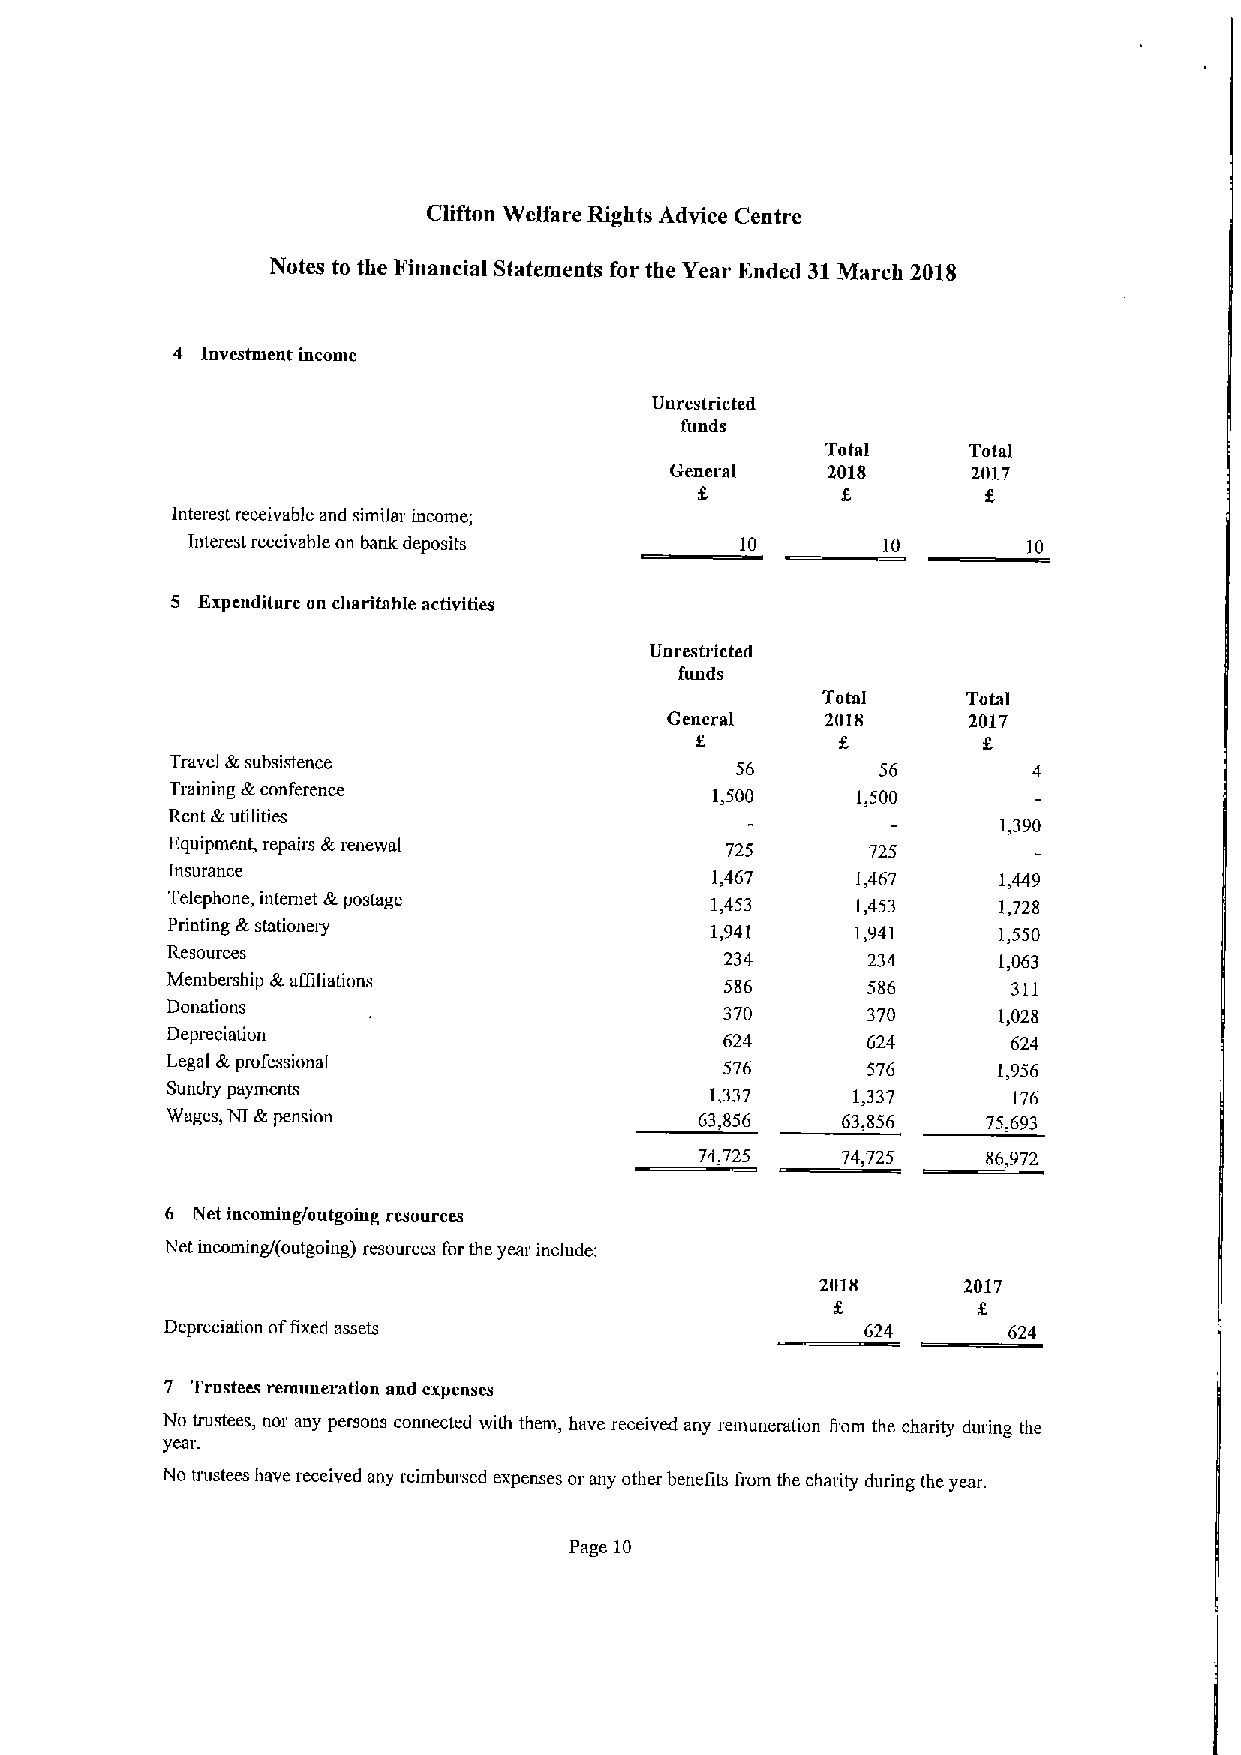
Clifton Welfare Rights Advice Centre
 Notes to the Financial Statements for the Year Ended 31March 2018
 4 Investment income
 Unrestricted
 funds
 Total    Total
 General    2018     2017
 Interest receivable and similar income;
 interest receivable on bank deposits 10       10        10
 5 Expenditure on charitnble activities
 Unrestricted
 funds
 Total     Total
 General    2018     2017
 f
 Travel &subsistence                   56       56        4
 Training &.conference               1,500     1,500
 Rent &utilities
 1,390
 Equipment, repairs &renewal          725       725
 Insurance                           1,467     1,467    1,449
 Telephone, internet &postage        1,453     1,453    1,728
 Printing &stationeiy                1,941     1,941    1,550
 Resources                            234      234      1,063
 Membership &aQitiations              586      586       311
 Donations                            370      370      1,028
 Depn:ciation                         624      624       624
 Legal &professional                  576      576      1,956
 Sundry payments                     1,337    1,337      176
 Wages, NI &pension                 63,856    63,856   75,693
 74,725    74,725   86,972
 6 Net incoming/outgoing resources
 Net incoming/(outgoing) resources for the yem' include:
 2018      2017
 Depreciation offixed assets                   624       624
 7 Trustees remuueration and expenses
 No trustees, nor any persons connected with them, have received any remuneration from the charity during the
 vcale
 No trustees have received any reimbursed expenses or any other benefits fi'om the charity during the year.
 Page 10